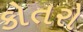
કોતરો